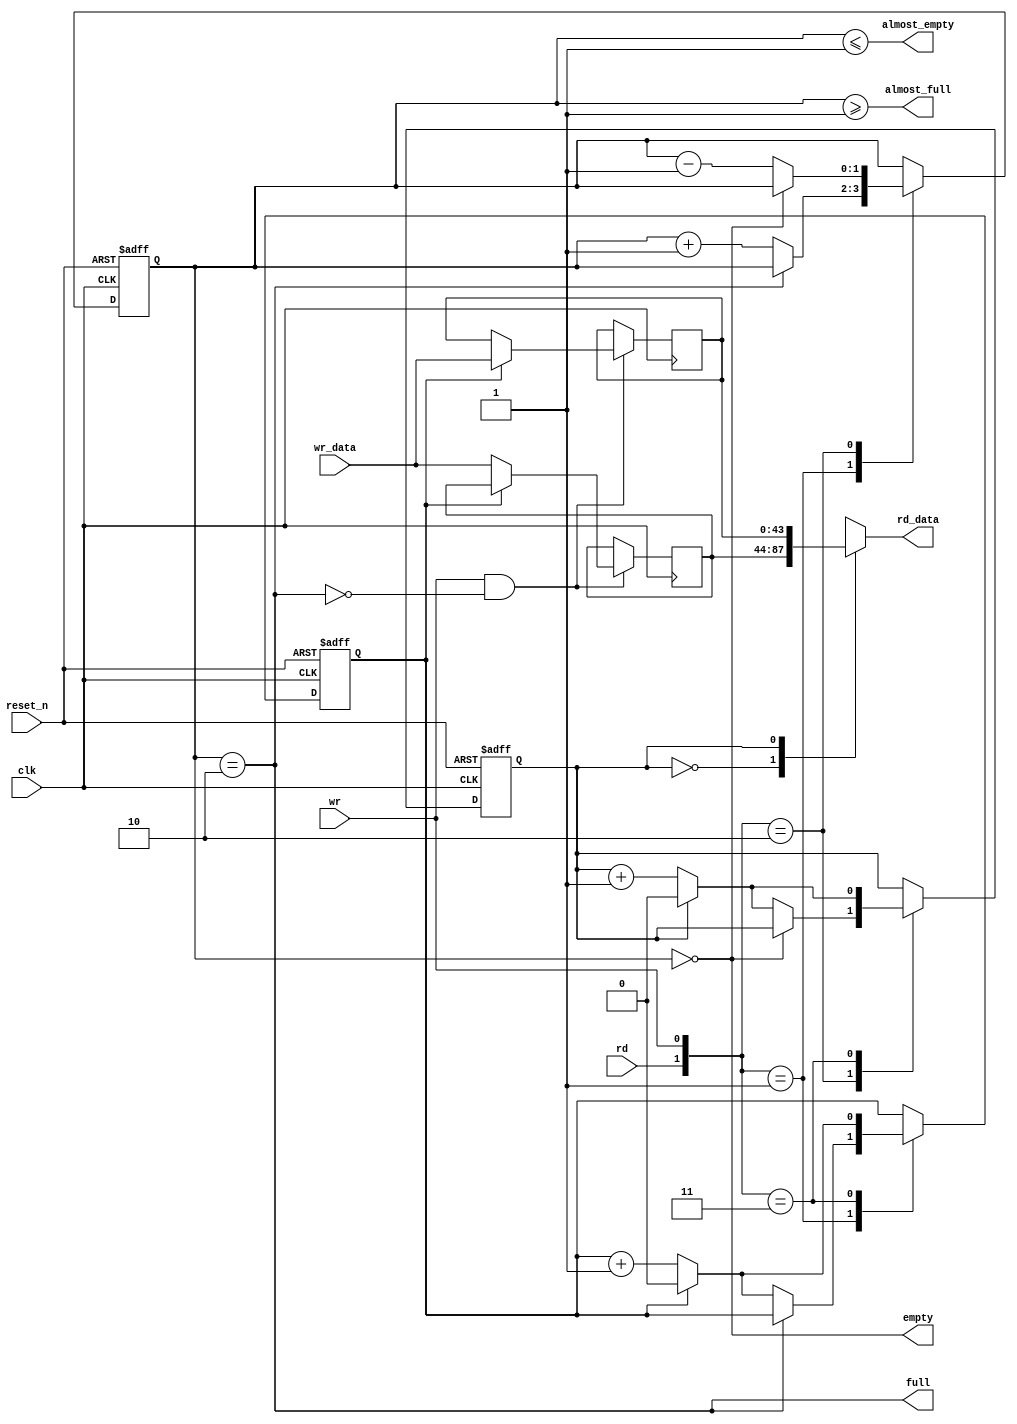
// This program was cloned from: https://github.com/briancook247/SWE450
// License: MIT License

//Legal Notice: (C)2019 Altera Corporation. All rights reserved.  Your
//use of Altera Corporation's design tools, logic functions and other
//software and tools, and its AMPP partner logic functions, and any
//output files any of the foregoing (including device programming or
//simulation files), and any associated documentation or information are
//expressly subject to the terms and conditions of the Altera Program
//License Subscription Agreement or other applicable license agreement,
//including, without limitation, that your use is for the sole purpose
//of programming logic devices manufactured by Altera and sold by Altera
//or its authorized distributors.  Please refer to the applicable
//agreement for further details.

// synthesis translate_off
`timescale 1ns / 1ps
// synthesis translate_on

// turn off superfluous verilog processor warnings 
// altera message_level Level1 
// altera message_off 10034 10035 10036 10037 10230 10240 10030 

module Computer_System_SDRAM_input_efifo_module (
                                                  // inputs:
                                                   clk,
                                                   rd,
                                                   reset_n,
                                                   wr,
                                                   wr_data,

                                                  // outputs:
                                                   almost_empty,
                                                   almost_full,
                                                   empty,
                                                   full,
                                                   rd_data
                                                )
;

  output           almost_empty;
  output           almost_full;
  output           empty;
  output           full;
  output  [ 43: 0] rd_data;
  input            clk;
  input            rd;
  input            reset_n;
  input            wr;
  input   [ 43: 0] wr_data;


wire             almost_empty;
wire             almost_full;
wire             empty;
reg     [  1: 0] entries;
reg     [ 43: 0] entry_0;
reg     [ 43: 0] entry_1;
wire             full;
reg              rd_address;
reg     [ 43: 0] rd_data;
wire    [  1: 0] rdwr;
reg              wr_address;
  assign rdwr = {rd, wr};
  assign full = entries == 2;
  assign almost_full = entries >= 1;
  assign empty = entries == 0;
  assign almost_empty = entries <= 1;
  always @(entry_0 or entry_1 or rd_address)
    begin
      case (rd_address) // synthesis parallel_case full_case
      
          1'd0: begin
              rd_data = entry_0;
          end // 1'd0 
      
          1'd1: begin
              rd_data = entry_1;
          end // 1'd1 
      
          default: begin
          end // default
      
      endcase // rd_address
    end


  always @(posedge clk or negedge reset_n)
    begin
      if (reset_n == 0)
        begin
          wr_address <= 0;
          rd_address <= 0;
          entries <= 0;
        end
      else 
        case (rdwr) // synthesis parallel_case full_case
        
            2'd1: begin
                // Write data
                if (!full)
                  begin
                    entries <= entries + 1;
                    wr_address <= (wr_address == 1) ? 0 : (wr_address + 1);
                  end
            end // 2'd1 
        
            2'd2: begin
                // Read data
                if (!empty)
                  begin
                    entries <= entries - 1;
                    rd_address <= (rd_address == 1) ? 0 : (rd_address + 1);
                  end
            end // 2'd2 
        
            2'd3: begin
                wr_address <= (wr_address == 1) ? 0 : (wr_address + 1);
                rd_address <= (rd_address == 1) ? 0 : (rd_address + 1);
            end // 2'd3 
        
            default: begin
            end // default
        
        endcase // rdwr
    end


  always @(posedge clk)
    begin
      //Write data
      if (wr & !full)
          case (wr_address) // synthesis parallel_case full_case
          
              1'd0: begin
                  entry_0 <= wr_data;
              end // 1'd0 
          
              1'd1: begin
                  entry_1 <= wr_data;
              end // 1'd1 
          
              default: begin
              end // default
          
          endcase // wr_address
    end



endmodule


// synthesis translate_off
`timescale 1ns / 1ps
// synthesis translate_on

// turn off superfluous verilog processor warnings 
// altera message_level Level1 
// altera message_off 10034 10035 10036 10037 10230 10240 10030 

module Computer_System_SDRAM (
                               // inputs:
                                az_addr,
                                az_be_n,
                                az_cs,
                                az_data,
                                az_rd_n,
                                az_wr_n,
                                clk,
                                reset_n,

                               // outputs:
                                za_data,
                                za_valid,
                                za_waitrequest,
                                zs_addr,
                                zs_ba,
                                zs_cas_n,
                                zs_cke,
                                zs_cs_n,
                                zs_dq,
                                zs_dqm,
                                zs_ras_n,
                                zs_we_n
                             )
;

  output  [ 15: 0] za_data;
  output           za_valid;
  output           za_waitrequest;
  output  [ 12: 0] zs_addr;
  output  [  1: 0] zs_ba;
  output           zs_cas_n;
  output           zs_cke;
  output           zs_cs_n;
  inout   [ 15: 0] zs_dq;
  output  [  1: 0] zs_dqm;
  output           zs_ras_n;
  output           zs_we_n;
  input   [ 24: 0] az_addr;
  input   [  1: 0] az_be_n;
  input            az_cs;
  input   [ 15: 0] az_data;
  input            az_rd_n;
  input            az_wr_n;
  input            clk;
  input            reset_n;


wire    [ 23: 0] CODE;
reg              ack_refresh_request;
reg     [ 24: 0] active_addr;
wire    [  1: 0] active_bank;
reg              active_cs_n;
reg     [ 15: 0] active_data;
reg     [  1: 0] active_dqm;
reg              active_rnw;
wire             almost_empty;
wire             almost_full;
wire             bank_match;
wire    [  9: 0] cas_addr;
wire             clk_en;
wire    [  3: 0] cmd_all;
wire    [  2: 0] cmd_code;
wire             cs_n;
wire             csn_decode;
wire             csn_match;
wire    [ 24: 0] f_addr;
wire    [  1: 0] f_bank;
wire             f_cs_n;
wire    [ 15: 0] f_data;
wire    [  1: 0] f_dqm;
wire             f_empty;
reg              f_pop;
wire             f_rnw;
wire             f_select;
wire    [ 43: 0] fifo_read_data;
reg     [ 12: 0] i_addr;
reg     [  3: 0] i_cmd;
reg     [  2: 0] i_count;
reg     [  2: 0] i_next;
reg     [  2: 0] i_refs;
reg     [  2: 0] i_state;
reg              init_done;
reg     [ 12: 0] m_addr /* synthesis ALTERA_ATTRIBUTE = "FAST_OUTPUT_REGISTER=ON"  */;
reg     [  1: 0] m_bank /* synthesis ALTERA_ATTRIBUTE = "FAST_OUTPUT_REGISTER=ON"  */;
reg     [  3: 0] m_cmd /* synthesis ALTERA_ATTRIBUTE = "FAST_OUTPUT_REGISTER=ON"  */;
reg     [  2: 0] m_count;
reg     [ 15: 0] m_data /* synthesis ALTERA_ATTRIBUTE = "FAST_OUTPUT_REGISTER=ON ; FAST_OUTPUT_ENABLE_REGISTER=ON"  */;
reg     [  1: 0] m_dqm /* synthesis ALTERA_ATTRIBUTE = "FAST_OUTPUT_REGISTER=ON"  */;
reg     [  8: 0] m_next;
reg     [  8: 0] m_state;
reg              oe /* synthesis ALTERA_ATTRIBUTE = "FAST_OUTPUT_ENABLE_REGISTER=ON"  */;
wire             pending;
wire             rd_strobe;
reg     [  2: 0] rd_valid;
reg     [ 13: 0] refresh_counter;
reg              refresh_request;
wire             rnw_match;
wire             row_match;
wire    [ 23: 0] txt_code;
reg              za_cannotrefresh;
reg     [ 15: 0] za_data /* synthesis ALTERA_ATTRIBUTE = "FAST_INPUT_REGISTER=ON"  */;
reg              za_valid;
wire             za_waitrequest;
wire    [ 12: 0] zs_addr;
wire    [  1: 0] zs_ba;
wire             zs_cas_n;
wire             zs_cke;
wire             zs_cs_n;
wire    [ 15: 0] zs_dq;
wire    [  1: 0] zs_dqm;
wire             zs_ras_n;
wire             zs_we_n;
  assign clk_en = 1;
  //s1, which is an e_avalon_slave
  assign {zs_cs_n, zs_ras_n, zs_cas_n, zs_we_n} = m_cmd;
  assign zs_addr = m_addr;
  assign zs_cke = clk_en;
  assign zs_dq = oe?m_data:{16{1'bz}};
  assign zs_dqm = m_dqm;
  assign zs_ba = m_bank;
  assign f_select = f_pop & pending;
  assign f_cs_n = 1'b0;
  assign cs_n = f_select ? f_cs_n : active_cs_n;
  assign csn_decode = cs_n;
  assign {f_rnw, f_addr, f_dqm, f_data} = fifo_read_data;
  Computer_System_SDRAM_input_efifo_module the_Computer_System_SDRAM_input_efifo_module
    (
      .almost_empty (almost_empty),
      .almost_full  (almost_full),
      .clk          (clk),
      .empty        (f_empty),
      .full         (za_waitrequest),
      .rd           (f_select),
      .rd_data      (fifo_read_data),
      .reset_n      (reset_n),
      .wr           ((~az_wr_n | ~az_rd_n) & !za_waitrequest),
      .wr_data      ({az_wr_n, az_addr, az_wr_n ? 2'b0 : az_be_n, az_data})
    );

  assign f_bank = {f_addr[24],f_addr[10]};
  // Refresh/init counter.
  always @(posedge clk or negedge reset_n)
    begin
      if (reset_n == 0)
          refresh_counter <= 10000;
      else if (refresh_counter == 0)
          refresh_counter <= 1562;
      else 
        refresh_counter <= refresh_counter - 1'b1;
    end


  // Refresh request signal.
  always @(posedge clk or negedge reset_n)
    begin
      if (reset_n == 0)
          refresh_request <= 0;
      else if (1)
          refresh_request <= ((refresh_counter == 0) | refresh_request) & ~ack_refresh_request & init_done;
    end


  // Generate an Interrupt if two ref_reqs occur before one ack_refresh_request
  always @(posedge clk or negedge reset_n)
    begin
      if (reset_n == 0)
          za_cannotrefresh <= 0;
      else if (1)
          za_cannotrefresh <= (refresh_counter == 0) & refresh_request;
    end


  // Initialization-done flag.
  always @(posedge clk or negedge reset_n)
    begin
      if (reset_n == 0)
          init_done <= 0;
      else if (1)
          init_done <= init_done | (i_state == 3'b101);
    end


  // **** Init FSM ****
  always @(posedge clk or negedge reset_n)
    begin
      if (reset_n == 0)
        begin
          i_state <= 3'b000;
          i_next <= 3'b000;
          i_cmd <= 4'b1111;
          i_addr <= {13{1'b1}};
          i_count <= {3{1'b0}};
        end
      else 
        begin
          i_addr <= {13{1'b1}};
          case (i_state) // synthesis parallel_case full_case
          
              3'b000: begin
                  i_cmd <= 4'b1111;
                  i_refs <= 3'b0;
                  //Wait for refresh count-down after reset
                  if (refresh_counter == 0)
                      i_state <= 3'b001;
              end // 3'b000 
          
              3'b001: begin
                  i_state <= 3'b011;
                  i_cmd <= {{1{1'b0}},3'h2};
                  i_count <= 1;
                  i_next <= 3'b010;
              end // 3'b001 
          
              3'b010: begin
                  i_cmd <= {{1{1'b0}},3'h1};
                  i_refs <= i_refs + 1'b1;
                  i_state <= 3'b011;
                  i_count <= 7;
                  // Count up init_refresh_commands
                  if (i_refs == 3'h1)
                      i_next <= 3'b111;
                  else 
                    i_next <= 3'b010;
              end // 3'b010 
          
              3'b011: begin
                  i_cmd <= {{1{1'b0}},3'h7};
                  //WAIT til safe to Proceed...
                  if (i_count > 1)
                      i_count <= i_count - 1'b1;
                  else 
                    i_state <= i_next;
              end // 3'b011 
          
              3'b101: begin
                  i_state <= 3'b101;
              end // 3'b101 
          
              3'b111: begin
                  i_state <= 3'b011;
                  i_cmd <= {{1{1'b0}},3'h0};
                  i_addr <= {{3{1'b0}},1'b0,2'b00,3'h3,4'h0};
                  i_count <= 4;
                  i_next <= 3'b101;
              end // 3'b111 
          
              default: begin
                  i_state <= 3'b000;
              end // default
          
          endcase // i_state
        end
    end


  assign active_bank = {active_addr[24],active_addr[10]};
  assign csn_match = active_cs_n == f_cs_n;
  assign rnw_match = active_rnw == f_rnw;
  assign bank_match = active_bank == f_bank;
  assign row_match = {active_addr[23 : 11]} == {f_addr[23 : 11]};
  assign pending = csn_match && rnw_match && bank_match && row_match && !f_empty;
  assign cas_addr = f_select ? { {3{1'b0}},f_addr[9 : 0] } : { {3{1'b0}},active_addr[9 : 0] };
  // **** Main FSM ****
  always @(posedge clk or negedge reset_n)
    begin
      if (reset_n == 0)
        begin
          m_state <= 9'b000000001;
          m_next <= 9'b000000001;
          m_cmd <= 4'b1111;
          m_bank <= 2'b00;
          m_addr <= 13'b0000000000000;
          m_data <= 16'b0000000000000000;
          m_dqm <= 2'b00;
          m_count <= 3'b000;
          ack_refresh_request <= 1'b0;
          f_pop <= 1'b0;
          oe <= 1'b0;
        end
      else 
        begin
          f_pop <= 1'b0;
          oe <= 1'b0;
          case (m_state) // synthesis parallel_case full_case
          
              9'b000000001: begin
                  //Wait for init-fsm to be done...
                  if (init_done)
                    begin
                      //Hold bus if another cycle ended to arf.
                      if (refresh_request)
                          m_cmd <= {{1{1'b0}},3'h7};
                      else 
                        m_cmd <= 4'b1111;
                      ack_refresh_request <= 1'b0;
                      //Wait for a read/write request.
                      if (refresh_request)
                        begin
                          m_state <= 9'b001000000;
                          m_next <= 9'b010000000;
                          m_count <= 1;
                          active_cs_n <= 1'b1;
                        end
                      else if (!f_empty)
                        begin
                          f_pop <= 1'b1;
                          active_cs_n <= f_cs_n;
                          active_rnw <= f_rnw;
                          active_addr <= f_addr;
                          active_data <= f_data;
                          active_dqm <= f_dqm;
                          m_state <= 9'b000000010;
                        end
                    end
                  else 
                    begin
                      m_addr <= i_addr;
                      m_state <= 9'b000000001;
                      m_next <= 9'b000000001;
                      m_cmd <= i_cmd;
                    end
              end // 9'b000000001 
          
              9'b000000010: begin
                  m_state <= 9'b000000100;
                  m_cmd <= {csn_decode,3'h3};
                  m_bank <= active_bank;
                  m_addr <= active_addr[23 : 11];
                  m_data <= active_data;
                  m_dqm <= active_dqm;
                  m_count <= 2;
                  m_next <= active_rnw ? 9'b000001000 : 9'b000010000;
              end // 9'b000000010 
          
              9'b000000100: begin
                  // precharge all if arf, else precharge csn_decode
                  if (m_next == 9'b010000000)
                      m_cmd <= {{1{1'b0}},3'h7};
                  else 
                    m_cmd <= {csn_decode,3'h7};
                  //Count down til safe to Proceed...
                  if (m_count > 1)
                      m_count <= m_count - 1'b1;
                  else 
                    m_state <= m_next;
              end // 9'b000000100 
          
              9'b000001000: begin
                  m_cmd <= {csn_decode,3'h5};
                  m_bank <= f_select ? f_bank : active_bank;
                  m_dqm <= f_select ? f_dqm  : active_dqm;
                  m_addr <= cas_addr;
                  //Do we have a transaction pending?
                  if (pending)
                    begin
                      //if we need to ARF, bail, else spin
                      if (refresh_request)
                        begin
                          m_state <= 9'b000000100;
                          m_next <= 9'b000000001;
                          m_count <= 2;
                        end
                      else 
                        begin
                          f_pop <= 1'b1;
                          active_cs_n <= f_cs_n;
                          active_rnw <= f_rnw;
                          active_addr <= f_addr;
                          active_data <= f_data;
                          active_dqm <= f_dqm;
                        end
                    end
                  else 
                    begin
                      //correctly end RD spin cycle if fifo mt
                      if (~pending & f_pop)
                          m_cmd <= {csn_decode,3'h7};
                      m_state <= 9'b100000000;
                    end
              end // 9'b000001000 
          
              9'b000010000: begin
                  m_cmd <= {csn_decode,3'h4};
                  oe <= 1'b1;
                  m_data <= f_select ? f_data : active_data;
                  m_dqm <= f_select ? f_dqm  : active_dqm;
                  m_bank <= f_select ? f_bank : active_bank;
                  m_addr <= cas_addr;
                  //Do we have a transaction pending?
                  if (pending)
                    begin
                      //if we need to ARF, bail, else spin
                      if (refresh_request)
                        begin
                          m_state <= 9'b000000100;
                          m_next <= 9'b000000001;
                          m_count <= 2;
                        end
                      else 
                        begin
                          f_pop <= 1'b1;
                          active_cs_n <= f_cs_n;
                          active_rnw <= f_rnw;
                          active_addr <= f_addr;
                          active_data <= f_data;
                          active_dqm <= f_dqm;
                        end
                    end
                  else 
                    begin
                      //correctly end WR spin cycle if fifo empty
                      if (~pending & f_pop)
                        begin
                          m_cmd <= {csn_decode,3'h7};
                          oe <= 1'b0;
                        end
                      m_state <= 9'b100000000;
                    end
              end // 9'b000010000 
          
              9'b000100000: begin
                  m_cmd <= {csn_decode,3'h7};
                  //Count down til safe to Proceed...
                  if (m_count > 1)
                      m_count <= m_count - 1'b1;
                  else 
                    begin
                      m_state <= 9'b001000000;
                      m_count <= 1;
                    end
              end // 9'b000100000 
          
              9'b001000000: begin
                  m_state <= 9'b000000100;
                  m_addr <= {13{1'b1}};
                  // precharge all if arf, else precharge csn_decode
                  if (refresh_request)
                      m_cmd <= {{1{1'b0}},3'h2};
                  else 
                    m_cmd <= {csn_decode,3'h2};
              end // 9'b001000000 
          
              9'b010000000: begin
                  ack_refresh_request <= 1'b1;
                  m_state <= 9'b000000100;
                  m_cmd <= {{1{1'b0}},3'h1};
                  m_count <= 7;
                  m_next <= 9'b000000001;
              end // 9'b010000000 
          
              9'b100000000: begin
                  m_cmd <= {csn_decode,3'h7};
                  //if we need to ARF, bail, else spin
                  if (refresh_request)
                    begin
                      m_state <= 9'b000000100;
                      m_next <= 9'b000000001;
                      m_count <= 1;
                    end
                  else //wait for fifo to have contents
                  if (!f_empty)
                      //Are we 'pending' yet?
                      if (csn_match && rnw_match && bank_match && row_match)
                        begin
                          m_state <= f_rnw ? 9'b000001000 : 9'b000010000;
                          f_pop <= 1'b1;
                          active_cs_n <= f_cs_n;
                          active_rnw <= f_rnw;
                          active_addr <= f_addr;
                          active_data <= f_data;
                          active_dqm <= f_dqm;
                        end
                      else 
                        begin
                          m_state <= 9'b000100000;
                          m_next <= 9'b000000001;
                          m_count <= 1;
                        end
              end // 9'b100000000 
          
              // synthesis translate_off
          
              default: begin
                  m_state <= m_state;
                  m_cmd <= 4'b1111;
                  f_pop <= 1'b0;
                  oe <= 1'b0;
              end // default
          
              // synthesis translate_on
          endcase // m_state
        end
    end


  assign rd_strobe = m_cmd[2 : 0] == 3'h5;
  //Track RD Req's based on cas_latency w/shift reg
  always @(posedge clk or negedge reset_n)
    begin
      if (reset_n == 0)
          rd_valid <= {3{1'b0}};
      else 
        rd_valid <= (rd_valid << 1) | { {2{1'b0}}, rd_strobe };
    end


  // Register dq data.
  always @(posedge clk or negedge reset_n)
    begin
      if (reset_n == 0)
          za_data <= 0;
      else 
        za_data <= zs_dq;
    end


  // Delay za_valid to match registered data.
  always @(posedge clk or negedge reset_n)
    begin
      if (reset_n == 0)
          za_valid <= 0;
      else if (1)
          za_valid <= rd_valid[2];
    end


  assign cmd_code = m_cmd[2 : 0];
  assign cmd_all = m_cmd;

//synthesis translate_off
//////////////// SIMULATION-ONLY CONTENTS
  assign txt_code = (cmd_code == 3'h0)? 24'h4c4d52 :
    (cmd_code == 3'h1)? 24'h415246 :
    (cmd_code == 3'h2)? 24'h505245 :
    (cmd_code == 3'h3)? 24'h414354 :
    (cmd_code == 3'h4)? 24'h205752 :
    (cmd_code == 3'h5)? 24'h205244 :
    (cmd_code == 3'h6)? 24'h425354 :
    (cmd_code == 3'h7)? 24'h4e4f50 :
    24'h424144;

  assign CODE = &(cmd_all|4'h7) ? 24'h494e48 : txt_code;

//////////////// END SIMULATION-ONLY CONTENTS

//synthesis translate_on

endmodule